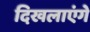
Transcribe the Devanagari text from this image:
दिखलाएंगे